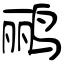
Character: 鹂